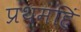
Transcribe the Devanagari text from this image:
प्रथमहिं